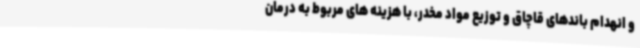
و انهدام باندهای قاچاق و توزیع مواد مخدر، با هزینه های مربوط به درمان